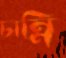
চান্নি